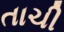
તાચી